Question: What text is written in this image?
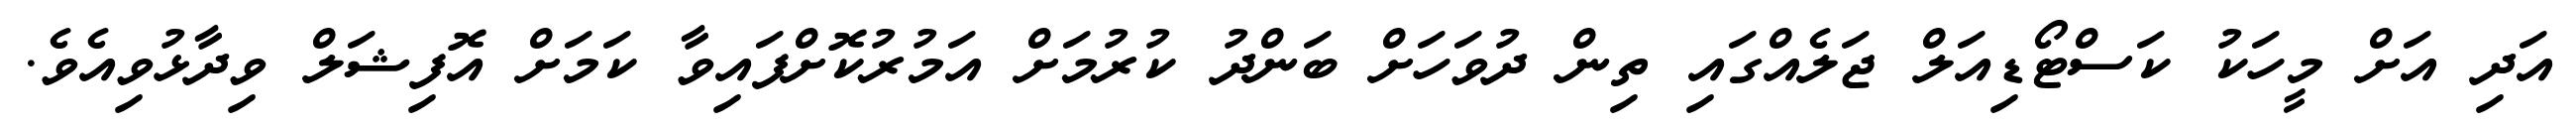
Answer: އަދި އަށް މީހަކު ކަސްޓޯޑިއަލް ޖަލެއްގައި ތިން ދުވަހަށް ބަންދު ކުރުމަށް އަމުރުކޮށްފައިވާ ކަމަށް އޮފިޝަލް ވިދާޅުވިއެވެ.